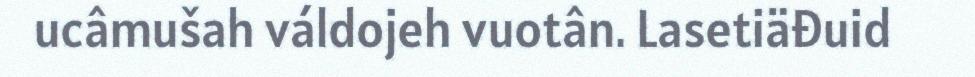
ucâmušah váldojeh vuotân. Lasetiäđuid